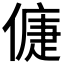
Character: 𠌿